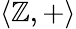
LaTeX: \langle\mathbb{Z},+\rangle